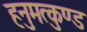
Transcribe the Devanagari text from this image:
हनुमत्कुण्ड